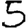
Digit: 5